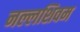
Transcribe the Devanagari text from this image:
नल्लशिवम